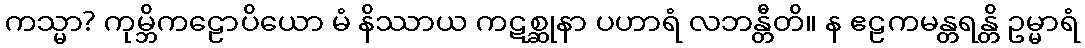
ကသ္မာ? ကုမ္ဘိကဠောပိယော မံ နိဿာယ ကဋစ္ဆုနာ ပဟာရံ လဘန္တီတိ။ န ဧဠကမန္တရန္တိ ဥမ္မာရံ